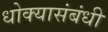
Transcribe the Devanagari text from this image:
धोक्यासंबंधी